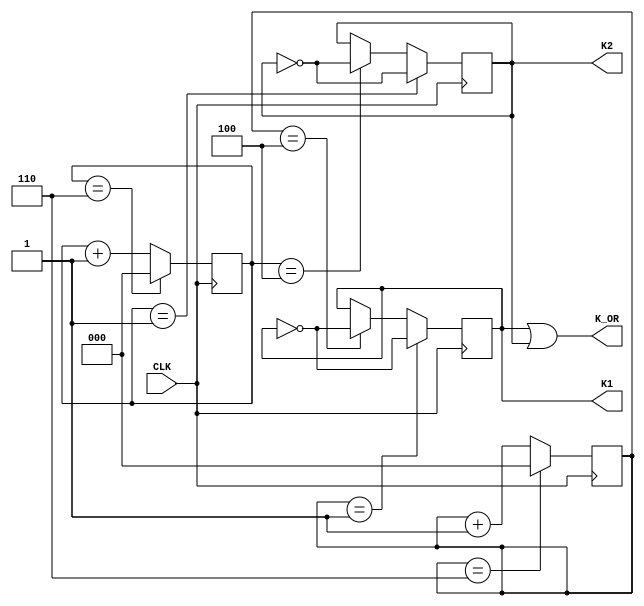
module FDIV7(input CLK,output K_OR,K1,K2);
 reg[2:0] C1,C2; reg M1,M2;
always@(posedge CLK) begin
 if(C1==6)  C1<=0;  else C1<=C1+1;
 if(C1==1)  M1<=~M1; else if(C1==4) M1=~M1; end
always@(negedge CLK)  begin
if(C2==6) C2<=0; else C2<=C2+1;
if(C2==1) M2<=~M2; else if(C2==4) M2=~M2; end
assign K1=M1; assign K2=M2;
assign K_OR=M1|M2;
endmodule